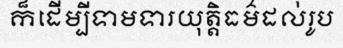
ក៏ដើម្បីទាមទារយុត្តិធម៌ដល់រូប